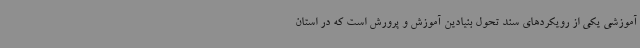
آموزشی یکی از رویکردهای سند تحول بنیادین آموزش و پرورش است که در استان